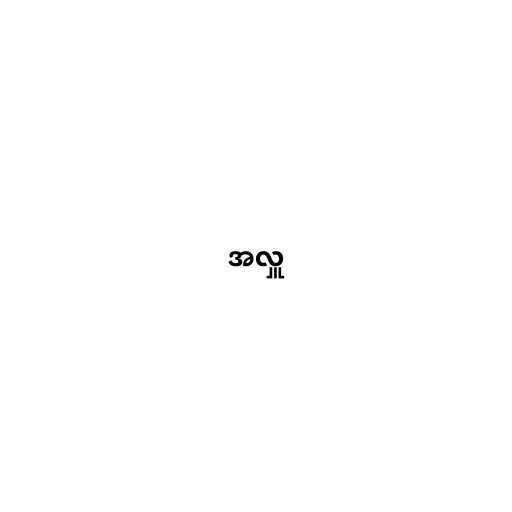
အလှူ